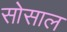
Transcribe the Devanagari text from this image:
सोसाल